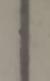
Signature authenticity: forged